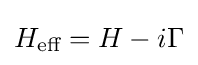
H_{\text{eff}}=H-i\Gamma